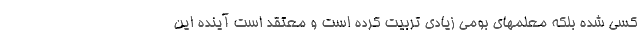
کسی شده بلکه معلمهای بومی زیادی تربیت کرده است و معتقد است آینده این